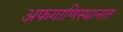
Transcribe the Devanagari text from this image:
अफगाणिस्थानात